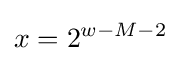
x=2^{w-M-2}